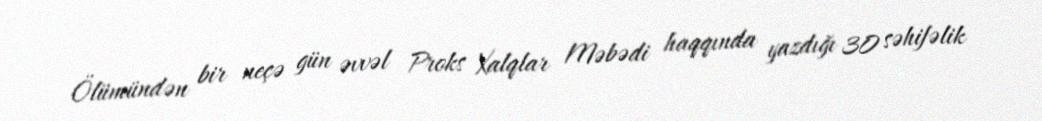
Ölümündən bir neçə gün əvvəl Proks Xalqlar Məbədi haqqında yazdığı 30 səhifəlik